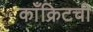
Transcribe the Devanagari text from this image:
काँक्रिटची